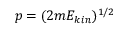
p = ( 2 m E _ { k i n } ) ^ { 1 / 2 }